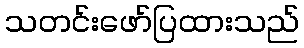
သတင်းဖော်ပြထားသည်